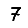
Digit: 7